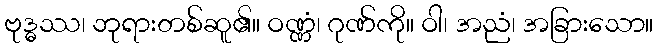
ဗုဒ္ဓဿ၊ ဘုရားတစ်ဆူ၏။ ဝဏ္ဏံ၊ ဂုဏ်ကို။ ဝါ၊ အညံ၊ အခြားသော။